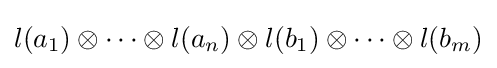
l(a_{1})\otimes \cdots \otimes l(a_{n})\otimes l(b_{1})\otimes \cdots \otimes l(b_{m})